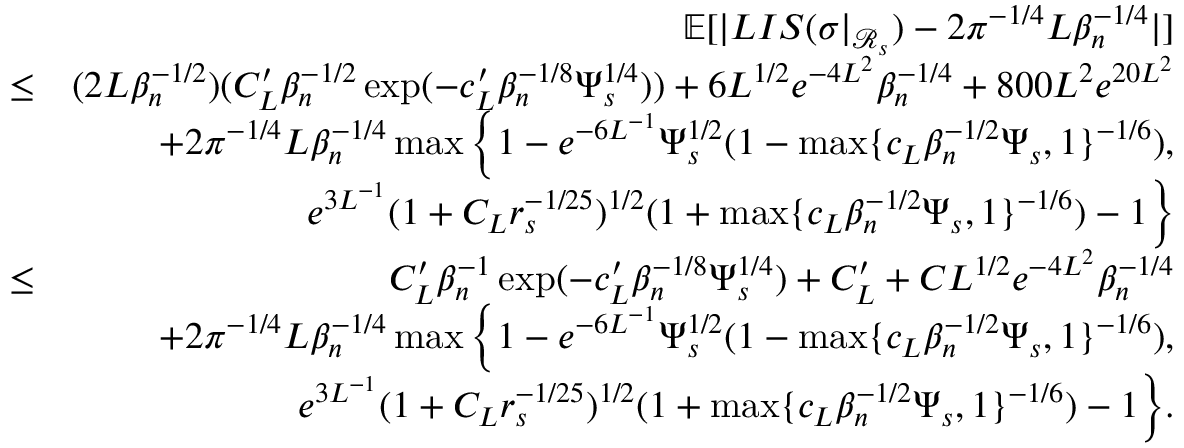
\begin{array} { r l r } & { } & { \mathbb { E } [ | L I S ( \sigma | _ { \mathcal { R } _ { s } } ) - 2 \pi ^ { - 1 \slash 4 } L \beta _ { n } ^ { - 1 \slash 4 } | ] } \\ & { \leq } & { ( 2 L \beta _ { n } ^ { - 1 \slash 2 } ) ( C _ { L } ^ { \prime } \beta _ { n } ^ { - 1 \slash 2 } \exp ( - c _ { L } ^ { \prime } \beta _ { n } ^ { - 1 \slash 8 } \Psi _ { s } ^ { 1 \slash 4 } ) ) + 6 L ^ { 1 \slash 2 } e ^ { - 4 L ^ { 2 } } \beta _ { n } ^ { - 1 \slash 4 } + 8 0 0 L ^ { 2 } e ^ { 2 0 L ^ { 2 } } } \\ & { } & { + 2 \pi ^ { - 1 \slash 4 } L \beta _ { n } ^ { - 1 \slash 4 } \operatorname* { m a x } \Big \{ 1 - e ^ { - 6 L ^ { - 1 } } \Psi _ { s } ^ { 1 \slash 2 } ( 1 - \operatorname* { m a x } \{ c _ { L } \beta _ { n } ^ { - 1 \slash 2 } \Psi _ { s } , 1 \} ^ { - 1 \slash 6 } ) , } \\ & { } & { \quad \quad \quad e ^ { 3 L ^ { - 1 } } ( 1 + C _ { L } r _ { s } ^ { - 1 \slash 2 5 } ) ^ { 1 \slash 2 } ( 1 + \operatorname* { m a x } \{ c _ { L } \beta _ { n } ^ { - 1 \slash 2 } \Psi _ { s } , 1 \} ^ { - 1 \slash 6 } ) - 1 \Big \} } \\ & { \leq } & { C _ { L } ^ { \prime } \beta _ { n } ^ { - 1 } \exp ( - c _ { L } ^ { \prime } \beta _ { n } ^ { - 1 \slash 8 } \Psi _ { s } ^ { 1 \slash 4 } ) + C _ { L } ^ { \prime } + C L ^ { 1 \slash 2 } e ^ { - 4 L ^ { 2 } } \beta _ { n } ^ { - 1 \slash 4 } } \\ & { } & { + 2 \pi ^ { - 1 \slash 4 } L \beta _ { n } ^ { - 1 \slash 4 } \operatorname* { m a x } \Big \{ 1 - e ^ { - 6 L ^ { - 1 } } \Psi _ { s } ^ { 1 \slash 2 } ( 1 - \operatorname* { m a x } \{ c _ { L } \beta _ { n } ^ { - 1 \slash 2 } \Psi _ { s } , 1 \} ^ { - 1 \slash 6 } ) , } \\ & { } & { \quad \quad \quad e ^ { 3 L ^ { - 1 } } ( 1 + C _ { L } r _ { s } ^ { - 1 \slash 2 5 } ) ^ { 1 \slash 2 } ( 1 + \operatorname* { m a x } \{ c _ { L } \beta _ { n } ^ { - 1 \slash 2 } \Psi _ { s } , 1 \} ^ { - 1 \slash 6 } ) - 1 \Big \} . } \end{array}